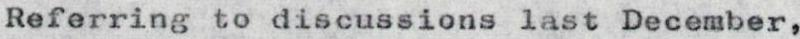
Referring to discussions last December,